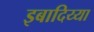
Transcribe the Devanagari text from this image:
इबादिय्या